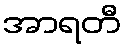
အာရတီ